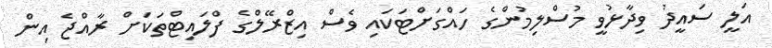
އަލީ ސައީދު ވިދާޅުވީ މުސްލިމުންގެ ހައްގަށްޓަކައި ވެސް އިޒްރޭލްގެ ފްލައިޓްތަކަށް ރާއްޖެ އިން